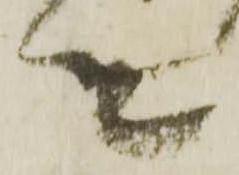
て